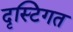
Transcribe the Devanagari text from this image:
दृस्टिगत